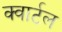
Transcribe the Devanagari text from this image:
क्वार्टल